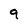
Character: 9